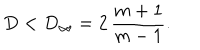
D < D _ { \infty } = 2 \, \frac { m + 1 } { m - 1 } .